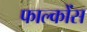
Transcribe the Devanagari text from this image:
फाल्कोंस